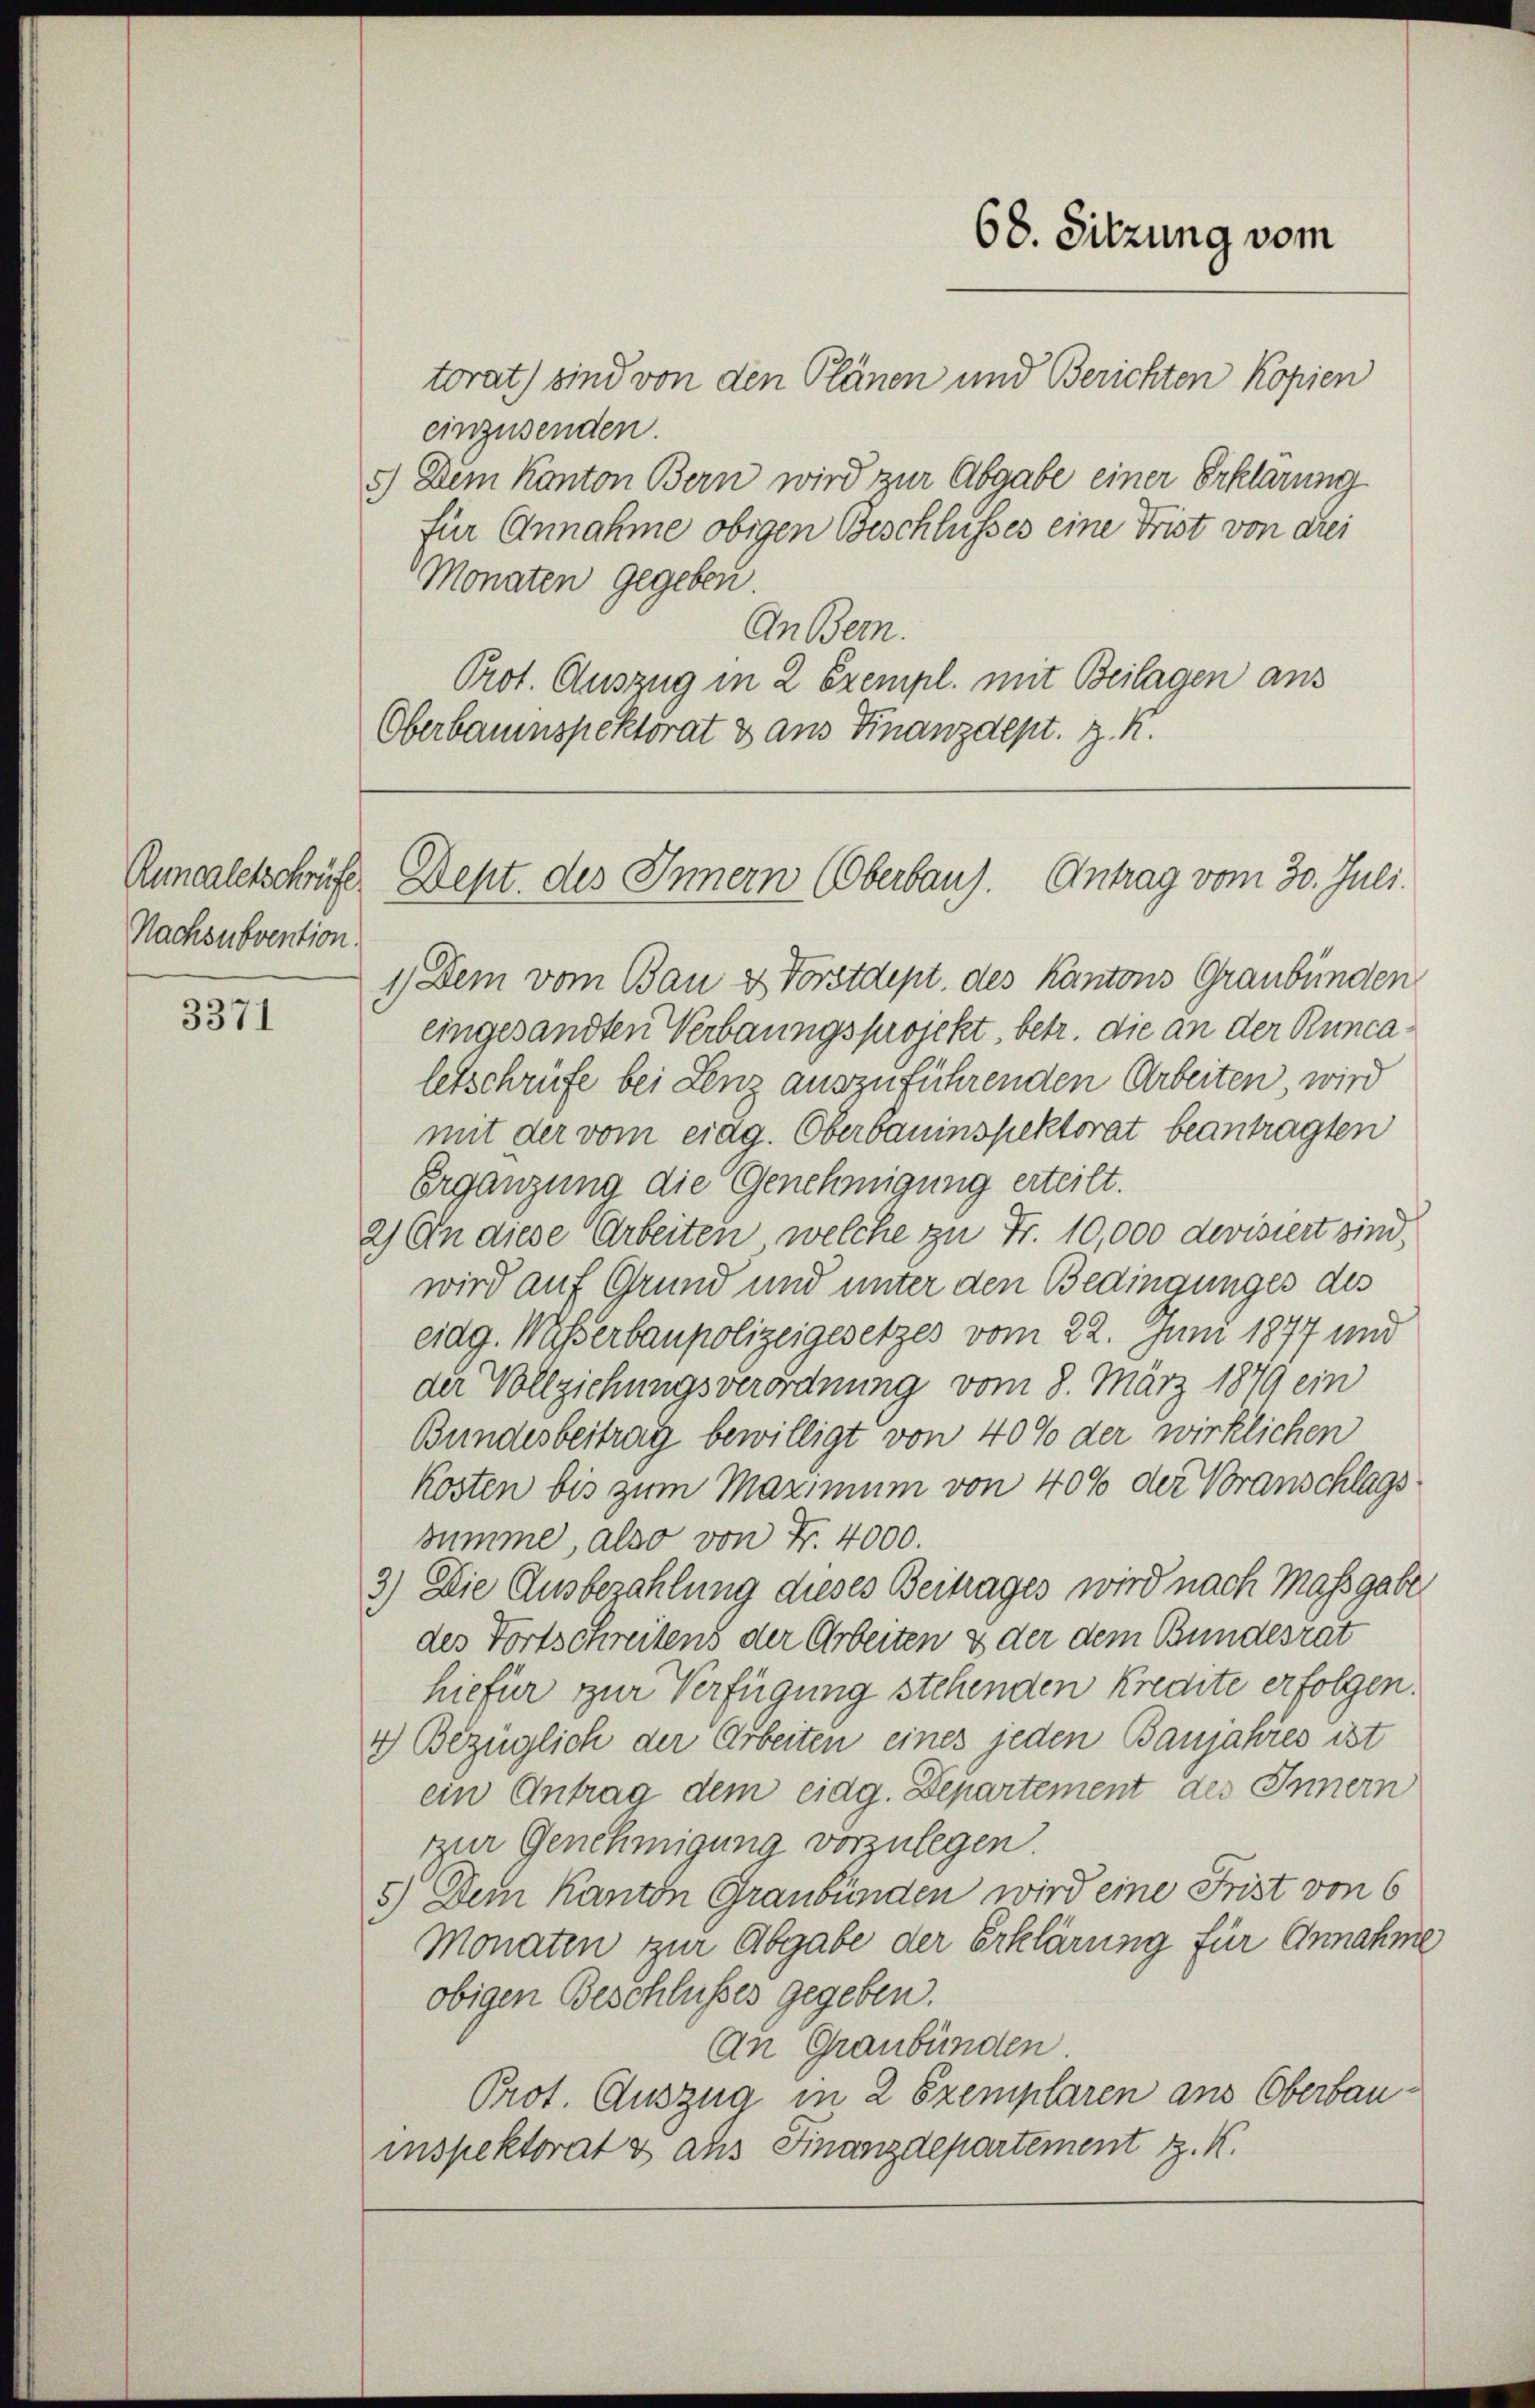
Nachsubvention.

3371

torat) sind von den Plänen und Berichten Kopien
einzusenden.
5.) Dem Kanton Bern wird zur Abgabe einer Erklärung
für Annahme obigen Beschlusses eine Frist von drei
Monaten gegeben.
An Bern.
Prot. Auszug in 2 Exempl. mit Beilagen ans
Oberbauinspektorat & aus Finanzdept. z. K.

68. Sitzung vom

Anncaletschrift Sept. des Innern (Oberbaug. Antrag vom 30. Juli.

1) Dem vom Bau & Vorstdept. des Kantons Graubünden
eingesandten Verbaungsprojekt, betr. die an der Runcaletschrufe bei Lenz auszuführenden Arbeiten, wird
mit der vom eidg. Oberbauinspektorat beantragten
Ergänzung die Genehmigung erteilt.
2) An diese Arbeiten, welche zu Fr. 10,000 devisiert sind,
wird auf Grund und unter den Bedingunges des
eidg. Wasserbaupolizeigesetzes vom 22. Juni 1877 und
der Vollziehungsverordnung vom 8. März 1879 ein
Bundesbeitrag bewilligt von 40% der wirklichen
Kosten bis zum Maximum von 40% der Voranschlagssumme, also von Fr. 4000.
3) Die Ausbezahlung dieses Beitrages wird nach Massgaben
des Fortschreitens der Arbeiten & der dem Bundesrat
hiefür zur Verfügung stehenden Kredite erfolgen.
4) Bezüglich der Arbeiten eines jeden Banjahres ist
ein Antrag dem eidg. Departement des Innern
zur Genehmigung vorzulegen.
5.) Dem Kanton Graubünden wird eine Frist von 6
Monaten zur Abgabe der Erklärung für Annahme
obigen Beschlusses gegeben.
An Graubünden
Prot. Auszug in 2 Exemplaren aus Oberbauinspektorat & aus Finanzdepartement z. K.